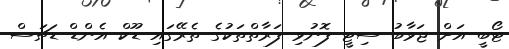
ޓޯބީ އަށް ޖަވާބު ސިޓީ ފޮނުވި ފަރާތްތަކުގެ ތެރޭގައި ޑޫކް އެންޑް ޑަޗަސް